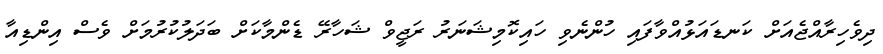
ދިވެހިރާއްޖެއަށް ކަނޑައަޅުއްވާފައި ހުންނެވި ހައިކޮމިޝަނަރު ރަޖީވް ޝަހާރޭ ޑެންމާކަށް ބަދަލުކުރުމަށް ވެސް އިންޑިއާ